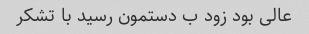
عالی بود زود ب دستمون رسید با تشکر